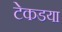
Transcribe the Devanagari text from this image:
टेकडया